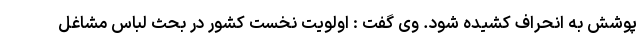
پوشش به انحراف کشیده شود. وی گفت : اولویت نخست کشور در بحث لباس مشاغل